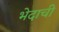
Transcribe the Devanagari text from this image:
भेदाची